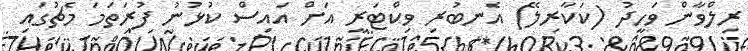
ރިލްވާން ވަހީދު (ކަކާރިލޭ) އެނބުރި ވިކްޓަރީ އަށް އައިސް ކުޅުނު ފުރަތަމަ މެޗުގައި